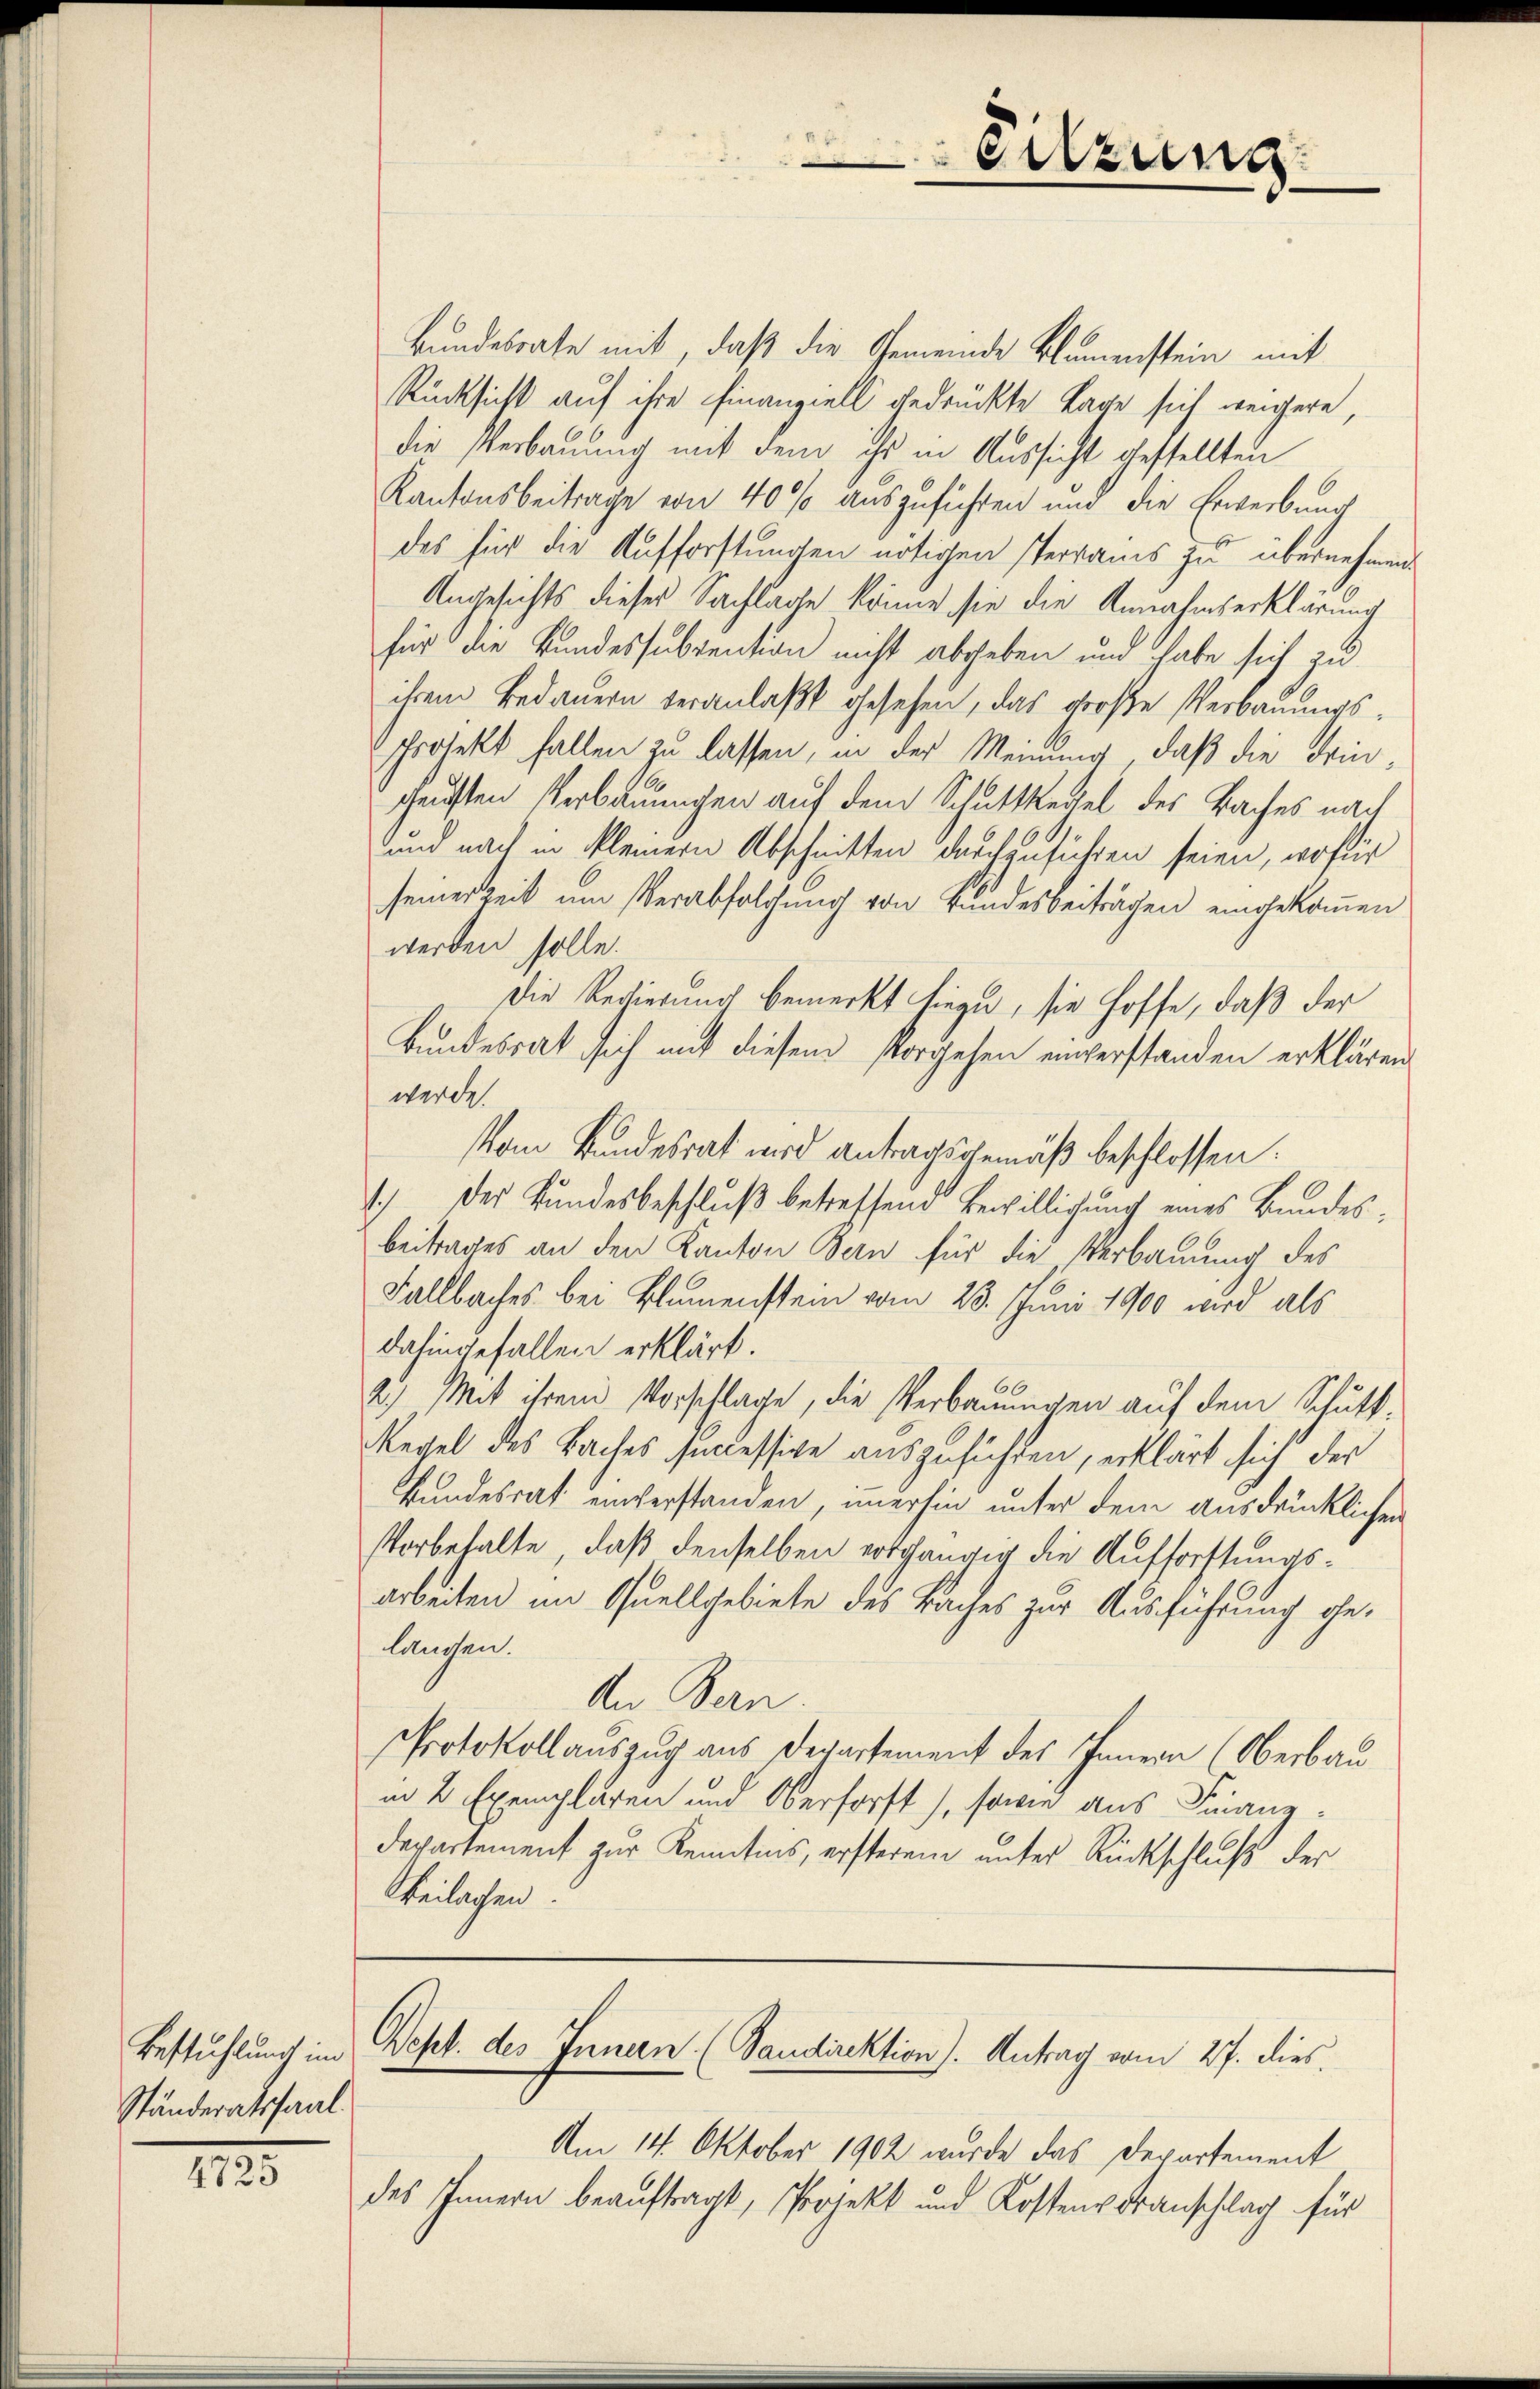
Bestuhlung im
Ständeratssaal.

11

Eilzung
e

Bundesrate mit, daß die Gemeinde Blumenstein mit
Rücksicht auf ihre Finanziell gedrückte Tage sich weigere,
die Verbauung mit dem ihr in Aussicht gestellten
Kantonsbeitrage von 40% auszuführen und die Erwerbung
des für die Aufforstungen nötigen Terrains zu übernehmen
Angesichts dieses Sachlage könne, sie die Annahmserklärung
für die Bundessubvention nicht abgeben und habe sich zu
ihrem Bedauern veranlaßt gesehen, das große Verbauungs¬
Projekt fallen zu lassen, in der Meinung, daß die dringauften Verbauungen auf dem Schuttkegel des Baches nach
und nach in kleinern Abschnitten darchenführen seien, wofür
seiner Zeit um Verabfolgung von Bundesbeiträgen eingekommen
werden solle.
Die Regierung bemerkt hiezu, sie hoffe, daß der
Bundesrat sich mit diesem Vorgehen unverstanden erklären.
werde.
Vom Bundesrat wird antragsgemäß beschlossen:
1.) Der Bundesbeschluß betreffend Bewilligung eines Bundesbeitrages an den Kanton Bern für die Verbauung des
Fallbaches bei Blumenstein vom 23. Juni 1900 wird als
dahingefallen erklärt.
2.) Mit ihrem Vorschlage, die Verbauungen auf dem Schutt¬
Regel des Baches successive auszuführen, erklärt sich der
Bundesrat einverstanden, immerhin unter dem ausdrücklichen
Vorbehalte, daß denselben ergängig die Aufforstungsarbeiten im Quellgebiete des Baches zur Ausführung gelangen.
An Bern.
Protokollauszug aus Departement des Innern (Oberbau
in 2 Exemplaren und Oberforst), sowie aus Finanz¬
Departement zur Kenntnis, ersteren unter Rückschluß der
Beilagen.

Rept. des Innern (Sandirektion). Antrag vom 27. dies

Am 14. Oktober 1902 wurde das Departement
des Innern beauftragt, Projekt und Kostens Transchlag für